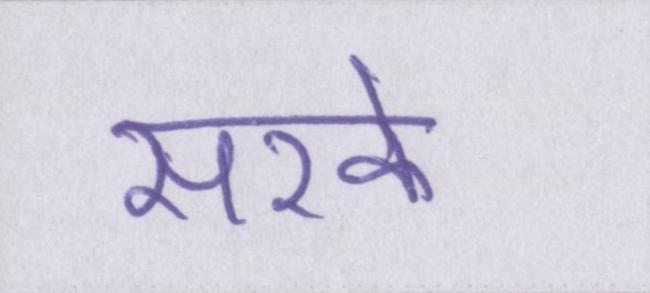
सरके